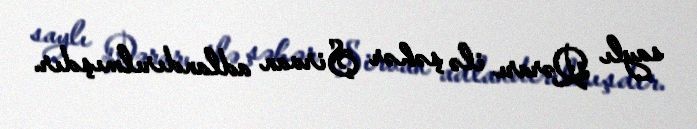
saylı Qərarı ilə şəhər Şirvan adlandırılmışdır.